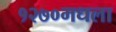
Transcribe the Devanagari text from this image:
१२७०मधला